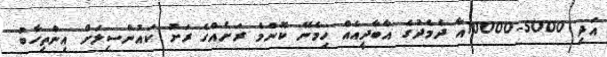
އަދި 5000-10000އާ ދެމެދުގެ އާބާދީއެއް ހިމެނޭ ކޮންމެ ރަށެއްގެ ރަށު ކައުންސިލަށް އިންތިހާބު